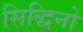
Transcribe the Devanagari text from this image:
सिद्धिनो